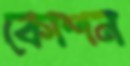
কোশন